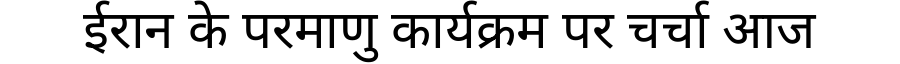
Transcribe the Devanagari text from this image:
ईरान के परमाणु कार्यक्रम पर चर्चा आज